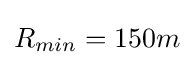
R_{min}=150m